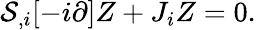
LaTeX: {\mathcal{S}}_{,i}[-i\partial]Z+J_{i}Z=0.